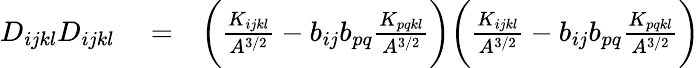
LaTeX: \begin{array}{rlr}{D_{ijkl}D_{ijkl}}&{{}=}&{\bigg(\frac{K_{ijkl}}{A^{3/2}}-b_{ij}b_{pq}\frac{K_{pqkl}}{A^{3/2}}\bigg)\bigg(\frac{K_{ijkl}}{A^{3/2}}-b_{ij}b_{pq}\frac{K_{pqkl}}{A^{3/2}}\bigg)}\end{array}